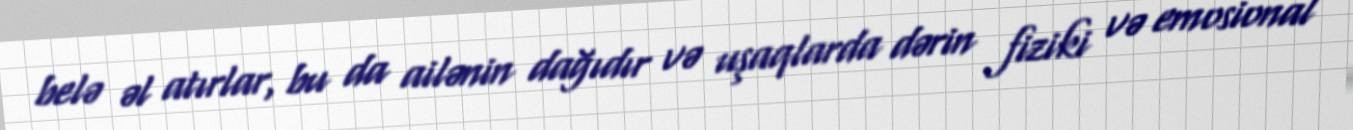
belə əl atırlar, bu da ailənin dağıdır və uşaqlarda dərin fiziki və emosional